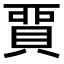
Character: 𧶝